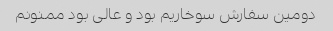
دومین سفارش سوخاریم بود و عالی بود ممنونم